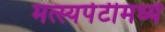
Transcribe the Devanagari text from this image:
मत्स्यपेटीमध्ये